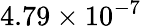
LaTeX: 4.79\times{10}^{-7}